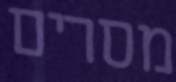
מסרים